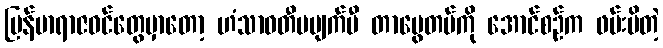
မြန်မာရာဇဝင်တွေမှာတော့ ဟံသာဝတီမပျက်မီ တာမွေတပ်ကို အောင်စဉ်က ဖမ်းမိတဲ့